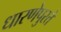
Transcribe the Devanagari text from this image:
धारणेपुरते